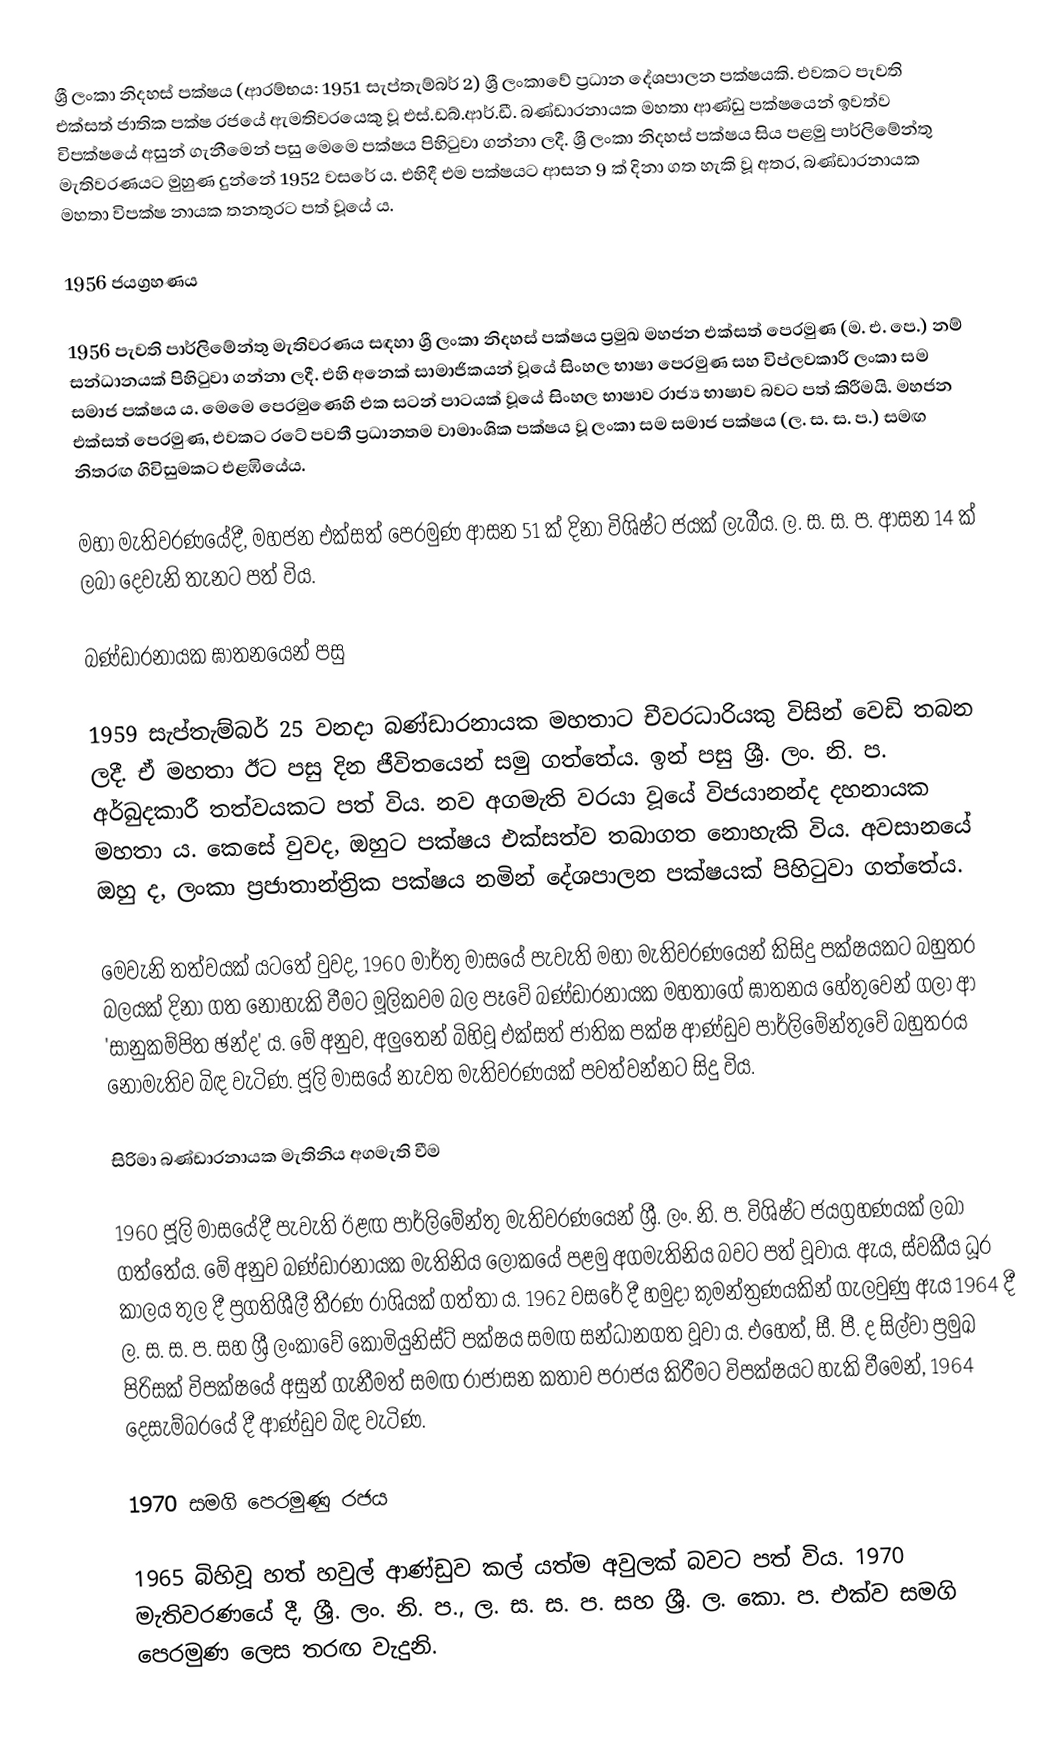
ශ්‍රී ලංකා නිදහස් පක්ෂය (ආරම්භය: 1951 සැප්තැම්බර් 2) ශ්‍රී ලංකාවේ ප්‍රධාන දේශපාලන පක්ෂයකි. එවකට පැවති එක්සත් ජාතික පක්ෂ රජයේ ඇමතිවරයෙකු වූ එස්.ඩබ්.ආර්.ඩී. බණ්ඩාරනායක මහතා ආණ්ඩු පක්ෂයෙන් ඉවත්ව විපක්ෂයේ අසුන් ගැනීමෙන් පසු මෙමෙ පක්ෂය පිහිටුවා ගන්නා ලදී. ශ්‍රී ලංකා නිදහස් පක්ෂය සිය පළමු පාර්ලිමේන්තු මැතිවරණයට මුහුණ දුන්නේ 1952 වසරේ ය. එහිදී එම පක්ෂයට ආසන 9 ක් දිනා ගත හැකි වූ අතර, බණ්ඩාරනායක මහතා විපක්ෂ නායක තනතුරට පත් වූයේ ය.

1956 ජයග්‍රහණය

1956 පැවති පාර්ලිමේන්තු මැතිවරණය සඳහා ශ්‍රී ලංකා නිදහස් පක්ෂය ප්‍රමුඛ මහජන එක්සත් පෙරමුණ (ම. එ. පෙ.) නම් සන්ධානයක් පිහිටුවා ගන්නා ලදී. එහි අනෙක් සාමාජිකයන් වූයේ සිංහල භාෂා පෙරමුණ සහ විප්ලවකාරී ලංකා සම සමාජ පක්ෂය ය. මෙමෙ පෙරමුණෙහි එක සටන් පාටයක් වූයේ සිංහල භාෂාව රාජ්‍ය භාෂාව බවට පත් කිරීමයි. මහජන එක්සත් පෙරමුණ, එවකට රටේ පවතී ප්‍රධානතම වාමාංශික පක්ෂය වූ ලංකා සම සමාජ පක්ෂය (ල. ස. ස. ප.) සමඟ නිතරඟ ගිවිසුමකට එළඹියේය.

මහා මැතිවරණයේදී, මහජන එක්සත් පෙරමුණ ආසන 51 ක් දිනා විශිෂ්ට ජයක් ලැබීය. ල. ස. ස. ප. ආසන 14 ක් ලබා දෙවැනි තැනට පත් විය.

බණ්ඩාරනායක ඝාතනයෙන් පසු

1959 සැප්තැම්බර් 25 වනදා බණ්ඩාරනායක මහතාට චීවරධාරියකු විසින් වෙඩි තබන ලදී. ඒ මහතා ඊට පසු දින ජීවිතයෙන් සමු ගත්තේය. ඉන් පසු ශ්‍රී. ලං. නි. ප. අර්බුදකාරී තත්වයකට පත් විය. නව අගමැති වරයා වූයේ විජයානන්ද දහනායක මහතා ය. කෙසේ වුවද, ඔහුට පක්ෂය එක්සත්ව තබාගත නොහැකි විය. අවසානයේ ඔහු ද, ලංකා ප්‍රජාතාන්ත්‍රික පක්ෂය නමින් දේශපාලන පක්ෂයක් පිහිටුවා ගත්තේය.

මෙවැනි තත්වයක් යටතේ වුවද, 1960 මාර්තු මාසයේ පැවැති මහා මැතිවරණයෙන් කිසිදු පක්ෂයකට බහුතර බලයක් දිනා ගත නොහැකි වීමට මූලිකවම බල පෑවේ බණ්ඩාරනායක මහතාගේ ඝාතනය හේතුවෙන් ගලා ආ 'සානුකම්පිත ඡන්ද' ය. මේ අනුව, අලුතෙන් බිහිවූ එක්සත් ජාතික පක්ෂ ආණ්ඩුව පාර්ලිමේන්තුවේ බහුතරය නොමැතිව බිඳ වැටිණ. ජූලි මාසයේ නැවත මැතිවරණයක් පවත්වන්නට සිදු විය.

සිරිමා බණ්ඩාරනායක මැතිනිය අගමැති වීම

1960 ජූලි මාසයේදී පැවැති ඊළඟ පාර්ලිමේන්තු මැතිවරණයෙන් ශ්‍රී. ලං. නි. ප. විශිෂ්ට ජයග්‍රහණයක් ලබා ගත්තේය. මේ අනුව බණ්ඩාරනායක මැතිනිය ලෝකයේ පළමු අගමැතිනිය බවට පත් වූවාය. ඇය, ස්වකීය ධූර කාලය තුල දී ප්‍රගතිශීලී තීරණ රාශියක් ගත්තා ය. 1962 වසරේ දී හමුදා කුමන්ත්‍රණයකින් ගැලවුණු ඇය 1964 දී ල. ස. ස. ප. සහ ශ්‍රී ලංකාවේ කොමියුනිස්ට් පක්ෂය සමඟ සන්ධානගත වූවා ය. එහෙත්, සී. පී. ද සිල්වා ප්‍රමුඛ පිරිසක් විපක්ෂයේ අසුන් ගැනීමත් සමඟ රාජාසන කතාව පරාජය කිරීමට විපක්ෂයට හැකි වීමෙන්, 1964 දෙසැම්බරයේ දී ආණ්ඩුව බිඳ වැටිණ.

1970 සමගි පෙරමුණු රජය

1965 බිහිවූ හත් හවුල් ආණ්ඩුව කල් යත්ම අවුලක් බවට පත් විය. 1970 මැතිවරණයේ දී, ශ්‍රී. ලං. නි. ප., ල. ස. ස. ප. සහ ශ්‍රී. ල. කො. ප. එක්ව සමගි පෙරමුණ ලෙස තරඟ වැදුනි.